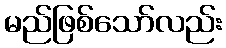
မည်ဖြစ်သော်လည်း